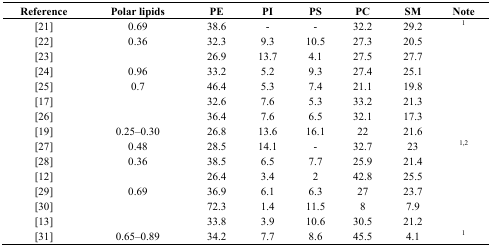
<table><thead><tr><td><b>Reference</b></td><td><b>Polar lipids</b></td><td><b>PE</b></td><td><b>PI</b></td><td><b>PS</b></td><td><b>PC</b></td><td><b>SM</b></td><td><b>Note</b></td></tr></thead><tbody><tr><td>[21]</td><td>0.69</td><td>38.6</td><td>-</td><td>-</td><td>32.2</td><td>29.2</td><td>1</td></tr><tr><td>[22]</td><td>0.36</td><td>32.3</td><td>9.3</td><td>10.5</td><td>27.3</td><td>20.5</td><td></td></tr><tr><td>[23]</td><td></td><td>26.9</td><td>13.7</td><td>4.1</td><td>27.5</td><td>27.7</td><td></td></tr><tr><td>[24]</td><td>0.96</td><td>33.2</td><td>5.2</td><td>9.3</td><td>27.4</td><td>25.1</td><td></td></tr><tr><td>[25]</td><td>0.7</td><td>46.4</td><td>5.3</td><td>7.4</td><td>21.1</td><td>19.8</td><td></td></tr><tr><td>[17]</td><td></td><td>32.6</td><td>7.6</td><td>5.3</td><td>33.2</td><td>21.3</td><td></td></tr><tr><td>[26]</td><td></td><td>36.4</td><td>7.6</td><td>6.5</td><td>32.1</td><td>17.3</td><td></td></tr><tr><td>[19]</td><td>0.25–0.30</td><td>26.8</td><td>13.6</td><td>16.1</td><td>22</td><td>21.6</td><td></td></tr><tr><td>[27]</td><td>0.48</td><td>28.5</td><td>14.1</td><td>-</td><td>32.7</td><td>23</td><td>1,2</td></tr><tr><td>[28]</td><td>0.36</td><td>38.5</td><td>6.5</td><td>7.7</td><td>25.9</td><td>21.4</td><td></td></tr><tr><td>[12]</td><td></td><td>26.4</td><td>3.4</td><td>2</td><td>42.8</td><td>25.5</td><td></td></tr><tr><td>[29]</td><td>0.69</td><td>36.9</td><td>6.1</td><td>6.3</td><td>27</td><td>23.7</td><td></td></tr><tr><td>[30]</td><td></td><td>72.3</td><td>1.4</td><td>11.5</td><td>8</td><td>7.9</td><td></td></tr><tr><td>[13]</td><td></td><td>33.8</td><td>3.9</td><td>10.6</td><td>30.5</td><td>21.2</td><td></td></tr><tr><td>[31]</td><td>0.65–0.89</td><td>34.2</td><td>7.7</td><td>8.6</td><td>45.5</td><td>4.1</td><td>1</td></tr></tbody></table>